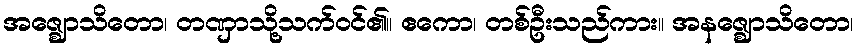
အဇ္ဈောသိတော၊ တဏှာသို့သက်ဝင်၏။ ဧကော၊ တစ်ဦးသည်ကား။ အနဇ္ဈောသိတော၊